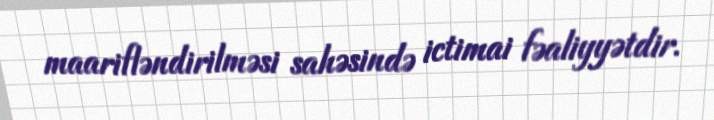
maarifləndirilməsi sahəsində ictimai fəaliyyətdir.